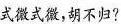
式微式微，胡不归?